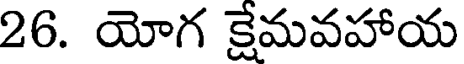
26. యోగ క్షేమవహాయ